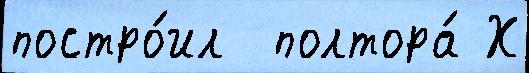
постро́ил  полтора́ Х